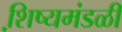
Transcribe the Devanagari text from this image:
शि़ष्यमंडळी